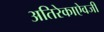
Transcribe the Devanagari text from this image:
अतिरेकाऐवजी